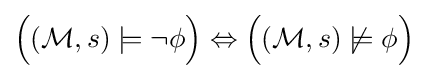
{\Big (}({\mathcal {M}},s)\models \neg \phi {\Big )}\Leftrightarrow {\Big (}({\mathcal {M}},s)\not \models \phi {\Big )}